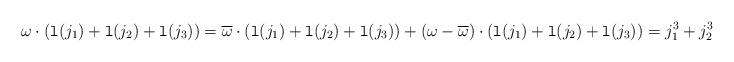
LaTeX: \begin{align*}\omega\cdot (\mathtt{l}(j_1)+\mathtt{l}(j_2)+\mathtt{l}(j_3))=\overline{\omega}\cdot (\mathtt{l}(j_1)+\mathtt{l}(j_2)+\mathtt{l}(j_3))+(\omega-\overline{\omega})\cdot (\mathtt{l}(j_1)+\mathtt{l}(j_2)+\mathtt{l}(j_3)) =j_1^3+j_2^3+j_3^3+O(\varepsilon^2)\end{align*}